Sketch of the medical history of the native army of Bombay, for the year
Year: 1872
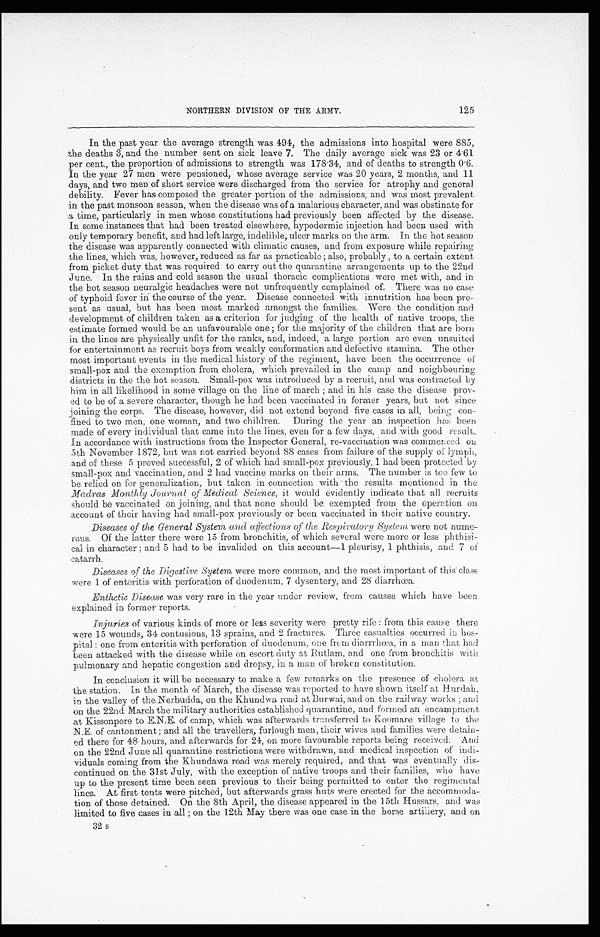
125
NORTHERN DIVISION OF THE ARMY.
In the past year the average strength was 494, the admissions into hospital were 885,
the deaths 3, and the number sent on sick leave 7. The daily average sick was 23 or 4.61
per cent., the proportion of admissions to strength was 178.34, and of deaths to strength 0.6.
In the year 27 men were pensioned, whose average service was 20 years, 2 months, and 11
days, and two men of short service were discharged from the service for atrophy and general
debility. Fever has composed the greater portion of the admissions, and was most prevalent
in the past monsoon season, when the disease was of a malarious character, and was obstinate for
a time, particularly in men whose constitutions had previously been affected by the disease.
In some instances that had been treated elsewhere, hypodermic injection had been used with
ouly temporary benefit, and had left large, indelible, ulcer marks on the arm. In the hot season
the disease was apparently connected with climatic causes, and from exposure while repairing
the lines, which was, however, reduced as far as practicable ; also, probably , to a certain extent
from picket duty that was required to carry out the quarantine arrangements up to the 22nd
June. In the rains and cold season the usual thoracic complications were met with, and in
the hot season neuralgic headaches were not unfrequently complained of. There was no case
of typhoid fever in the course of the year. Disease connected with innutrition has been pre-
sent as usual, but has been most marked amongst the families. Were the condition and
development of children taken as a criterion for judging of the health of native troops, the
estimate formed would be an unfavourable one ; for the majority of the children that are born
in the lines are physically unfit for the ranks, and, indeed, a large portion are even unsuited
for entertainment as recruit boys from weakly conformation and defective stamina. The other
most important events in the medical history of the regiment, have been the occurrence of
small-pox and the exemption from cholera, which prevailed in the camp and neighbouring
districts in the the hot season. Small-pox was introduced by a recruit, and was contracted by
him in all likelihood in some village on the line of march ; and in his case the disease prov-
ed to be of a severe character, though he had been vaccinated in former years, but not since
joining the corps. The disease, however, did not extend beyond five cases in all, being con-
fined to two men, one woman, and two children. During the year an inspection has been
made of every individual that came into the lines, even for a few days, and with good result.
In accordance with instructions from the Inspector General, re-vaccination was commenced on
5th November 1872, but was not carried beyond 88 cases from failure of the supply of lymph,
and of these 5 proved successful, 2 of which had small-pox previously, 1 had been protected by
small-pox and vaccination, and 2 had vaccine marks on their arms. The number is too few to
be relied on for generalization, but taken in connection with the results mentioned in the
Madras Monthly Journal of Medical Science, it would evidently indicate that all recruits
should be vaccinated on joining, and that none should be exempted from the operation on
account of their having had small-pox previously or been vaccinated in their native country.
Diseases of the General System and affections of the Respiratory System were not nume
rous. Of the latter there were 15 from bronchitis, of which several were more or less phthisi-
cal in character ; and 5 had to be invalided on this account—1 pleurisy, 1 phthisis, and 7 of
catarrh.
Diseases of the Digestive System were more common, and the most important of this class
were 1 of enteritis with perforation of duodenum, 7 dysentery, and 28 diarrhœa.
Enthetic Disease was very rare in the year under review, from causes which have been
explained in former reports.
Injuries of various kinds of more or less severity were pretty rife : from this cause there
were 15 wounds, 34 contusions, 13 sprains, and 2 fractures. Three casualties occurred in hos-
pital : one from enteritis with perforation of duodenum, one from diarrrhœa, in a man that had
been attacked with the disease while on escort duty at Rutlam, and one from bronchitis with
pulmonary and hepatic congestion and dropsy, in a man of broken constitution.
In conclusion it will be necessary to make a few remarks on the presence of cholera at
the station. In the month of March, the disease was reported to have shown itself at Hurdah,
in the valley of the Nerbudda, on the Khundwa road at Burwai, and on the railway works ; and
on the 22nd March the military authorities established quarantine, and formed an encampment
at Kissonpore to E.N.E. of camp, which was afterwards transferred to Koomare village to the
N.E. of cantonment ; and all the travellers, furlough men, their wives and families were detain-
ed there for 48 hours, and afterwards for 24, on more favourable reports being received. And
on the 22nd June all quarantine restrictions were withdrawn, and medical inspection of indi-
viduals coming from the Khundawa road was merely required, and that was eventually dis-
continued on the 31st July, with the exception of native troops and their families, who have
up to the present time been seen previous to their being permitted to enter the regimental
lines. At first tents were pitched, but afterwards grass huts were erected for the accommoda-
tion of those detained. On the 8th April, the disease appeared in the 15th Hussars, and was
limited to five cases in all ; on the 12th May there was one case in the horse artiliery, and on
32 s